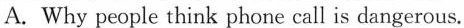
A.Why people think phone call is dangerous.